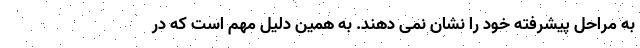
به مراحل پیشرفته خود را نشان نمی دهند. به همین دلیل مهم است که در